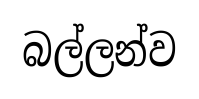
බල්ලන්ව